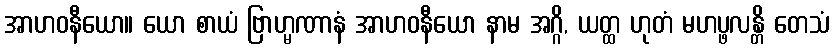
အာဟဝနီယော။ ယော စာယံ ဗြာဟ္မဏာနံ အာဟဝနီယော နာမ အဂ္ဂိ, ယတ္ထ ဟုတံ မဟပ္ဖလန္တိ တေသံ